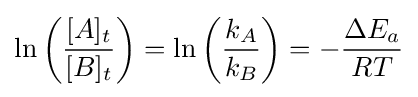
\ln \left({\frac {[A]_{t}}{[B]_{t}}}\right)=\ln \left({\frac {k_{A}}{k_{B}}}\right)=-{\frac {\Delta E_{a}}{RT}}